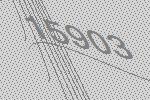
15903